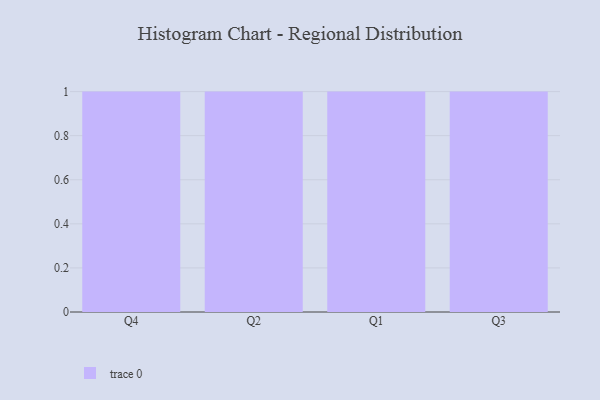
{"axis": {"x": "Quarter", "y": "Customer Acquisition Cost (USD)"}, "legend": [""], "data": [{"x": "Q4", "y": 70, "type": ""}, {"x": "Q2", "y": 6, "type": ""}, {"x": "Q1", "y": 58, "type": ""}, {"x": "Q3", "y": 15, "type": ""}]}